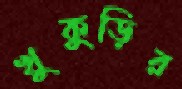
খুকুড়ির